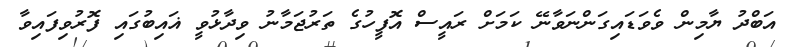
އަބްދު ޔާމިން ވެވަޑައިގަންނަވާނޭ ކަމަށް ރައީސް އޮފީހުގެ ތަރުޖަމާނު ވިދާޅުވީ ޣައިބުގައި ފޮރުވިފައިވާ